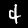
Label: 4